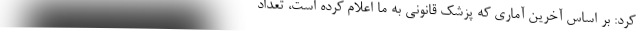
کرد: بر اساس آخرین آماری که پزشک قانونی به ما اعلام کرده است، تعداد